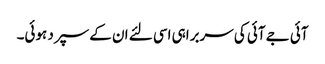
آئی جے آئی کی سربراہی اسی لئے ان کے سپرد ہوئی۔